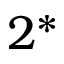
2 ^ { * }